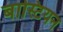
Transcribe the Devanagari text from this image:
बास्टियन